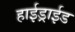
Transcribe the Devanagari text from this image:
हाईड्राईड